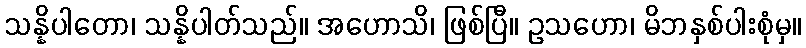
သန္နိပါတော၊ သန္နိပါတ်သည်။ အဟောသိ၊ ဖြစ်ပြီ။ ဥသဟော၊ မိဘနှစ်ပါးစုံမှ။